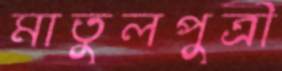
মাতুলপুত্রী